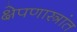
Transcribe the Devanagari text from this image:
क्षेपणास्त्रांत